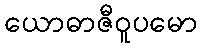
ယောဓာဇီဝူပမော